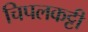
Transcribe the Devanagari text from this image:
चिपलकट्टी